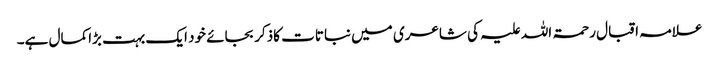
علامہ اقبال رحمۃ اللہ علیہ کی شاعری میں نباتات کاذکر بجائے خود ایک بہت بڑاکمال ہے۔